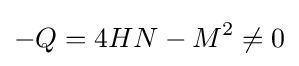
-Q=4HN-M^{2}\neq 0